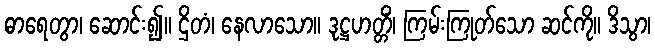
ဓာရေတွာ၊ ဆောင်း၍။ ဌိတံ၊ နေလာသော။ ဒုဋ္ဌဟတ္တိံ၊ ကြမ်းကြုတ်သော ဆင်ကို။ ဒိသွာ၊